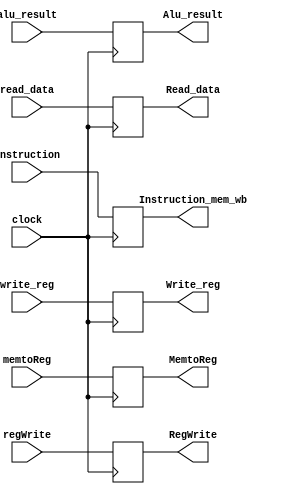
module mem_wb (
	input clock,
	//Data for later
	input wire [63:0] read_data,
	input wire [63:0] alu_result,
	input wire [4:0] write_reg,
	input wire [31:0] instruction, //Just for testing
	//WB
	input wire regWrite,
	input wire memtoReg,

	//Outputs
	output reg [31:0] Instruction_mem_wb,
	
	output reg [63:0] Read_data,
	output reg [63:0] Alu_result,
	output reg [4:0] Write_reg,
	//WB
	output reg RegWrite,
	output reg MemtoReg
	

);

always @(posedge(clock)) begin

	Read_data <= read_data;
	Alu_result <= alu_result;
	Write_reg <= write_reg;
	RegWrite <= regWrite;
	MemtoReg <= memtoReg;
	Instruction_mem_wb <= instruction;

end

endmodule